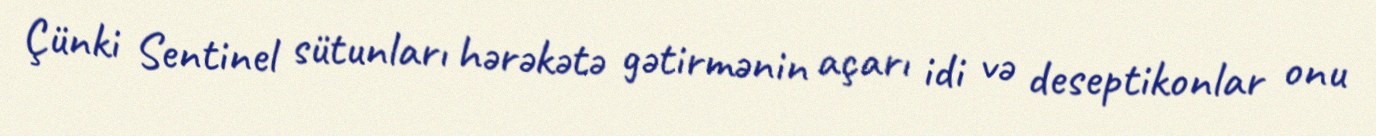
Çünki Sentinel sütunları hərəkətə gətirmənin açarı idi və deseptikonlar onu